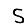
Digit: 5